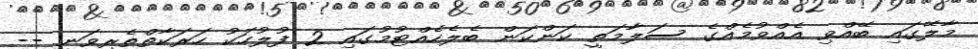
މާލޭގައި ބޭއްވި އެއްވުމެއްގެ ސަލާމަތީ ކަންކަން ބެލެހެއްޓުމުގައި 2 ފުލުހަކު ހަރަކާތްތެރިވަނީ --